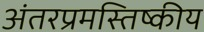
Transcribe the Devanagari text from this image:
अंतरप्रमस्तिष्‍कीय